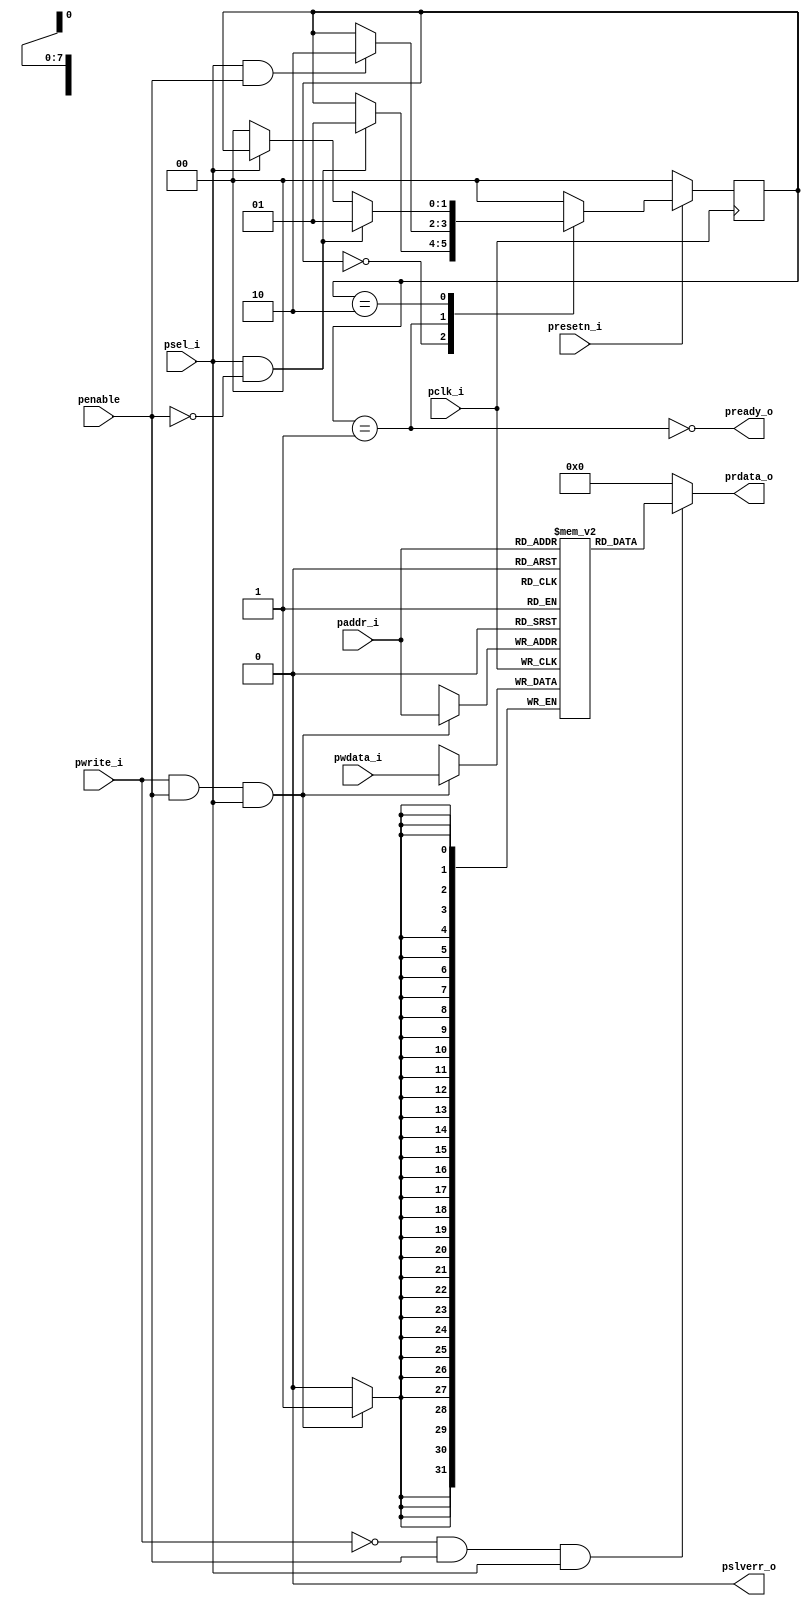
module Memory
(	
	input pclk_i , presetn_i , psel_i , penable , pwrite_i,
	input [7:0] paddr_i,
	input [31:0] pwdata_i,
	output pready_o,
	output pslverr_o,
	output [31:0] prdata_o
);

wire rd_en , wr_en;
reg [31:0] mem_efectiva [0:255];

localparam IDLE = 2'b00;
localparam SETUP = 2'b01;
localparam ACCESS = 2'b10;

reg [1:0] state , state_next;

assign wr_en = pwrite_i & penable & psel_i;
assign rd_en = ~pwrite_i & penable & psel_i;



always@(posedge pclk_i)
begin
	if(wr_en)
		mem_efectiva[paddr_i] <= pwdata_i; 		

end


assign prdata_o = (rd_en) ? mem_efectiva[paddr_i] : 0;




always@(posedge pclk_i)
begin
	if(!presetn_i)
		state <= IDLE;
	else
		state <= state_next;

end

always@(*)
begin
	state_next = state;
	case(state)
		IDLE: if(psel_i && !penable) state_next = SETUP;
		SETUP: if(psel_i && penable) state_next = ACCESS;
		ACCESS: begin
			if(!psel_i) state_next = IDLE;
			if(psel_i && !penable) state_next = SETUP;
		end
		default: state_next = IDLE;
		
	endcase
end


assign pready_o = ~(state == SETUP);

assign pslverr_o = 0;


endmodule